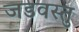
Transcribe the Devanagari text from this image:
जडवस्तु